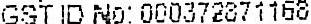
GST ID NO: 000372871168